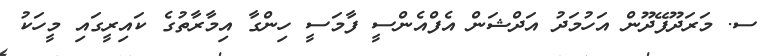
ސ. މަރަދޫފޭދޫން އަހުމަދު އަދްޝަން އެފްއެންސީ ފާމަސީ ހިންގާ އިމާރާތުގެ ކައިރީގައި މީހަކު